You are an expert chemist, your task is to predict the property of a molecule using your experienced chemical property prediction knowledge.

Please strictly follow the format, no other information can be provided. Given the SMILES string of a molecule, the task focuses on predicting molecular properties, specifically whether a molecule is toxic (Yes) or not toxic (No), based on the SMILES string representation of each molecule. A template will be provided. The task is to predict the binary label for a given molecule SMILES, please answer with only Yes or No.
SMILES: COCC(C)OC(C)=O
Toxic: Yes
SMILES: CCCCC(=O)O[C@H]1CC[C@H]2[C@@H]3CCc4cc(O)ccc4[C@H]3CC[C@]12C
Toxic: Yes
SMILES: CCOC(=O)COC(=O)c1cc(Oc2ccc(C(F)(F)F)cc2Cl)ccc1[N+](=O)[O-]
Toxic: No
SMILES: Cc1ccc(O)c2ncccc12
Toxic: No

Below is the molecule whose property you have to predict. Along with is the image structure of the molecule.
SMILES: C=C[C@@H](C)CCC=C(C)C
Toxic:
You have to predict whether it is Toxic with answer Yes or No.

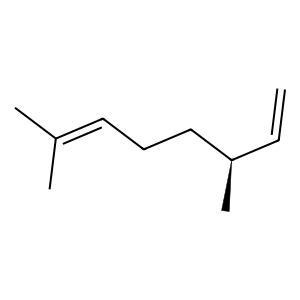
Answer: No